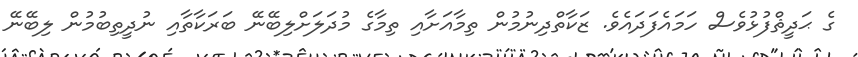
ގެ ޙަދީޘްފުޅުވެސް ހަމައެފަދައެވެ. ޒަކާތްދިނުމުން ތިމާއަށާއި ތިމާގެ މުދަލަށްލިބޭނޭ ބަރަކާތާއި ނުދީތިބުމުން ލިބޭނޭ